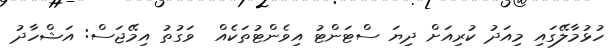
ހުޅުމާލޭގައި މިއަދު ކުރިއަށް ދިޔަ ސްޓަންޓު އިވެންޓުތަކެއް  ވަގުތު އިމޭޖަސް: އަޝްހާދު